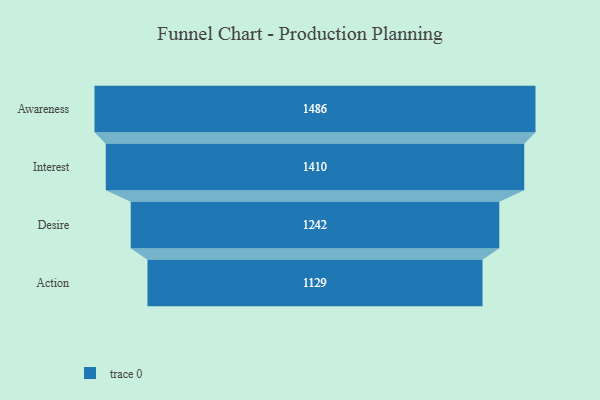
{"axis": {"x": "Stage", "y": "Value"}, "legend": [""], "data": [{"x": "Awareness", "y": 1486.0, "type": ""}, {"x": "Interest", "y": 1410.0, "type": ""}, {"x": "Desire", "y": 1242.0, "type": ""}, {"x": "Action", "y": 1129.0, "type": ""}]}